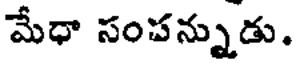
మేధా సంపన్నుడు.